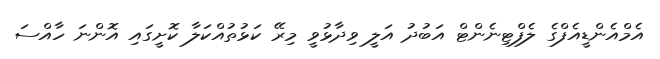
އެމްއެންޑީއެފްގެ ލެފްޓިނެންޓް އަބުދު އަލީ ވިދާޅުވީ މިރޭ ކަޅުތުއްކަލާ ކޮށީގައި އޮންނަ ހާއްސަ